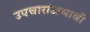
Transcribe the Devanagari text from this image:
उपचारांअभावी